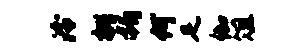
泠桃媚何足伽俎